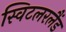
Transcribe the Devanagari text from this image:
स्विटलरलैंड